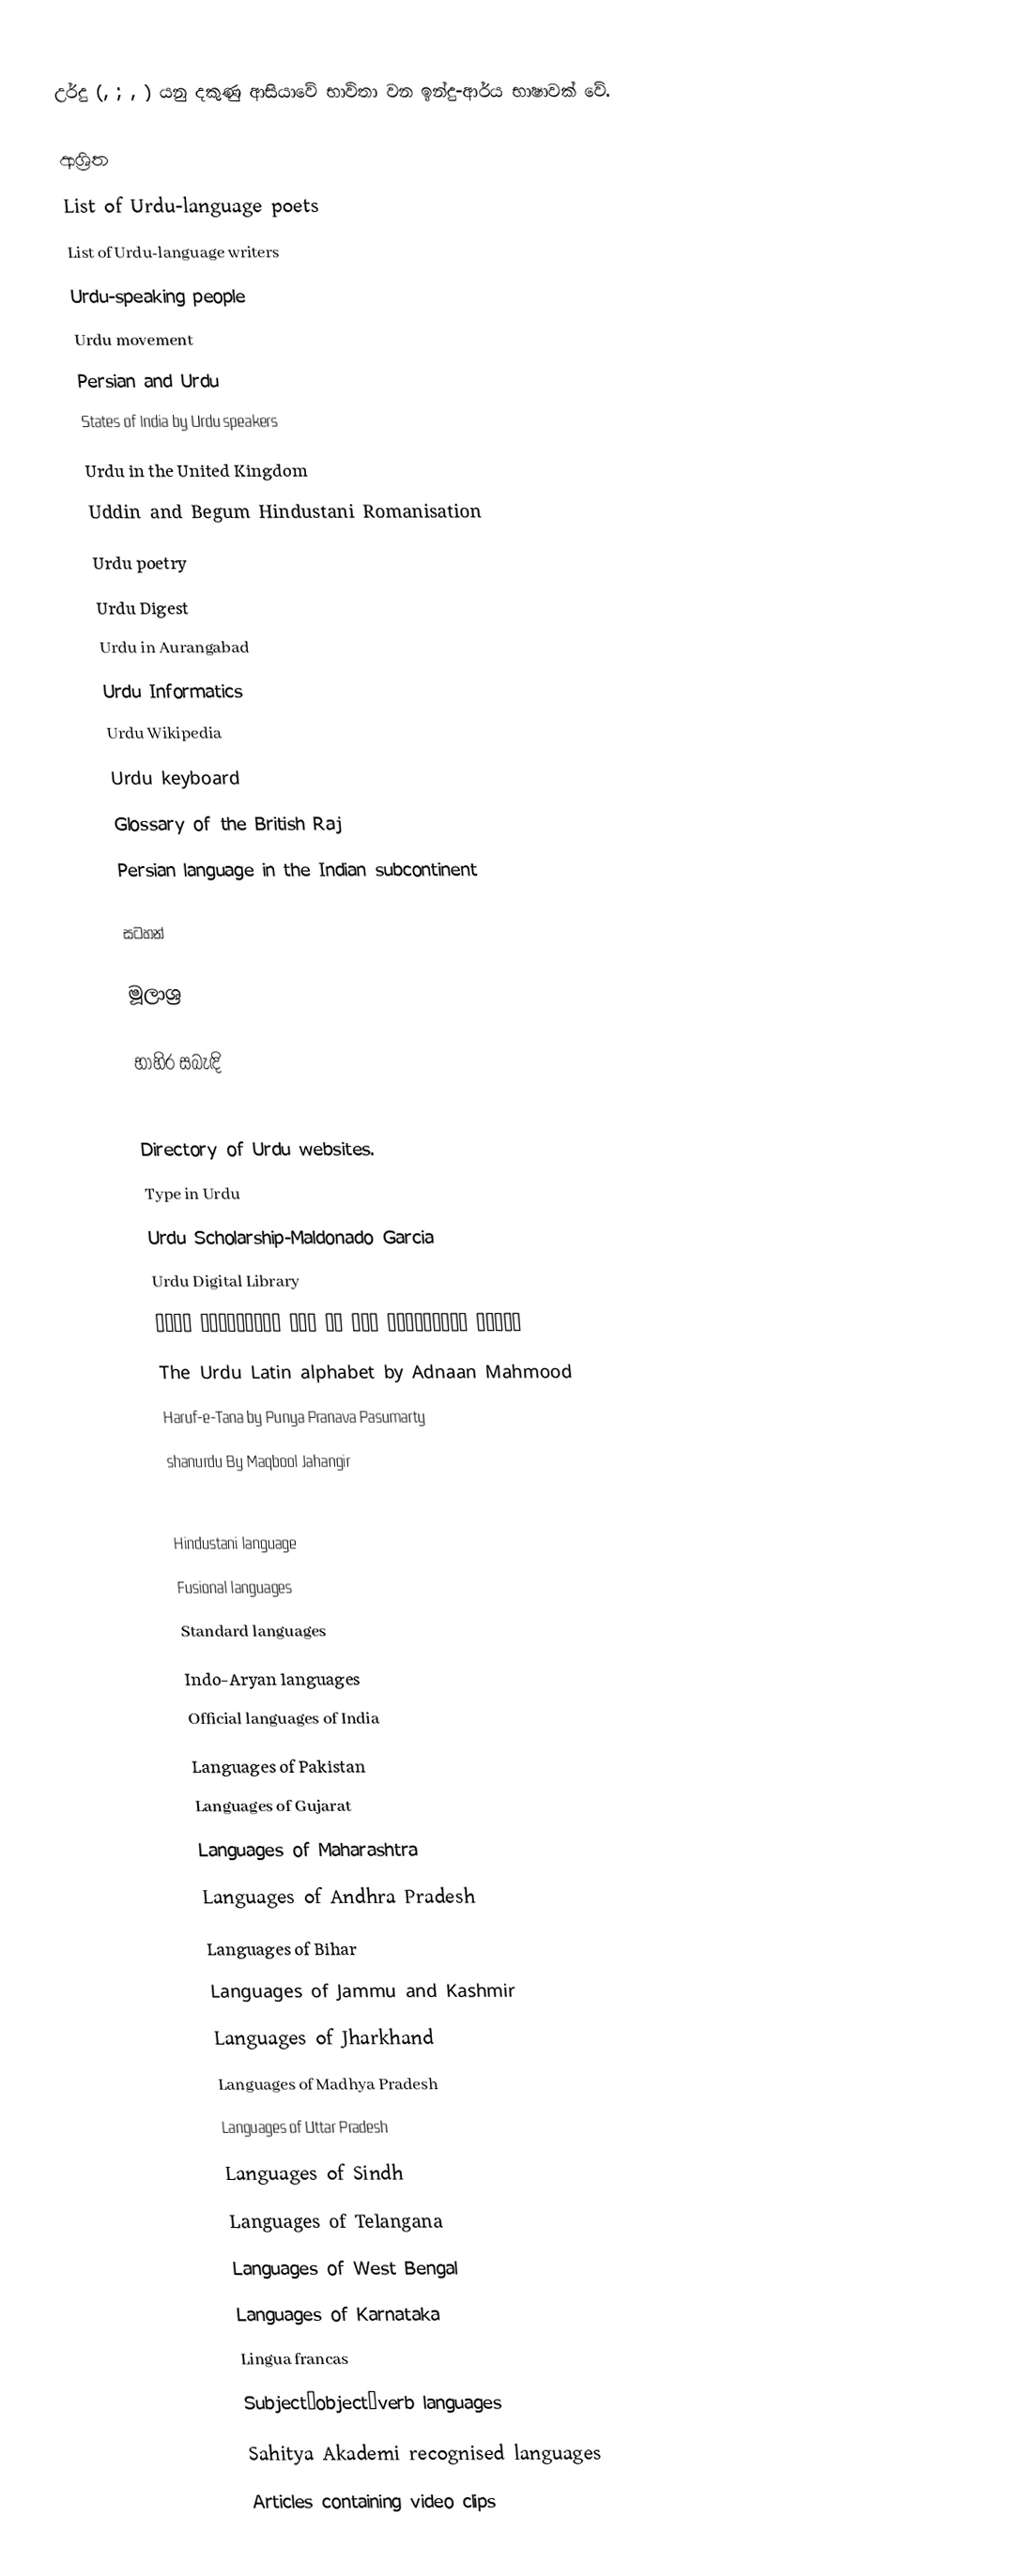
උර්දු (, ; ,  ) යනු දකුණු ආසියාවේ භාවිතා වන ඉන්දු-ආර්ය භාෂාවක් වේ.

ආශ්‍රිත
 List of Urdu-language poets
 List of Urdu-language writers
 Urdu-speaking people
 Urdu movement
 Persian and Urdu
 States of India by Urdu speakers
 Urdu in the United Kingdom
 Uddin and Begum Hindustani Romanisation
 Urdu poetry
 Urdu Digest
 Urdu in Aurangabad
 Urdu Informatics
 Urdu Wikipedia
 Urdu keyboard
 Glossary of the British Raj
 Persian language in the Indian subcontinent

සටහන්

මූලාශ්‍ර

භාහිර සබැඳි

 Directory of Urdu websites.
 Type in Urdu
 Urdu Scholarship-Maldonado Garcia
 Urdu Digital Library
 ترتیب وڈیزائننگ ایم پی خاؿ اردولشکری زبان
 The Urdu Latin alphabet by Adnaan Mahmood
 Haruf-e-Tana by Punya Pranava Pasumarty
 shanurdu By Maqbool Jahangir

Hindustani language
Fusional languages
Standard languages
Indo-Aryan languages
Official languages of India
Languages of Pakistan
Languages of Gujarat
Languages of Maharashtra
Languages of Andhra Pradesh
Languages of Bihar
Languages of Jammu and Kashmir
Languages of Jharkhand
Languages of Madhya Pradesh
Languages of Uttar Pradesh
Languages of Sindh
Languages of Telangana
Languages of West Bengal
Languages of Karnataka
Lingua francas
Subject–object–verb languages
Sahitya Akademi recognised languages
Articles containing video clips